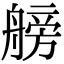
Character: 艕